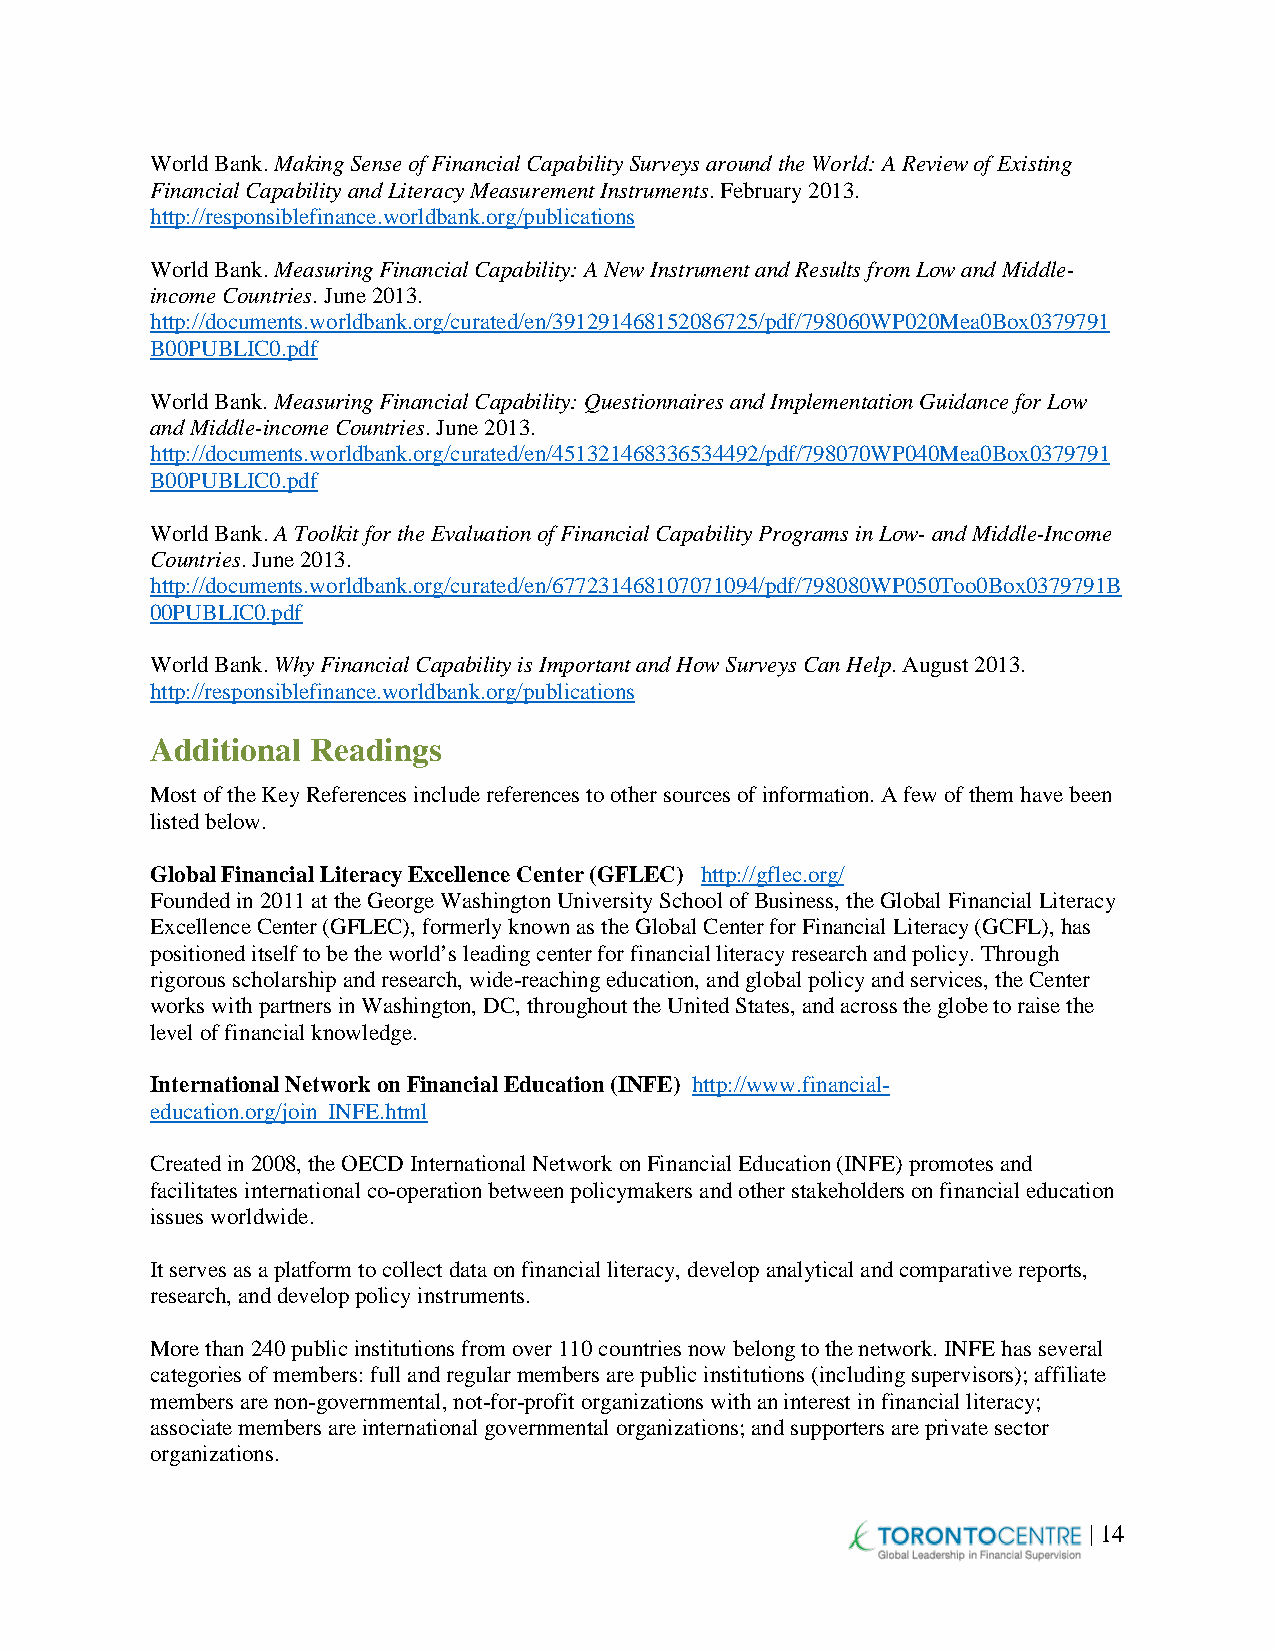
World Bank. Making Sense of Financial Capability Surveys around the World: A Review of Existing
 Financial Capability and Literacy Measurement Instruments. February 2013.
 http://responsiblefinance.worldbank.org/publications
 World Bank. Measuring Financial Capability: A New Instrument and Results from Low and Middle-
 income Countries. June 2013.
 http://documents.worldbank.org/curated/en/391291468152086725/pdf/798060WP020Mea0Box0379791
 B00PUBLIC0.pdf
 World Bank. Measuring Financial Capability: Questionnaires and Implementation Guidance for Low
 and Middle-income Countries. June 2013.
 http://documents.worldbank.org/curated/en/451321468336534492/pdf/798070WP040Mea0Box0379791
 B00PUBLIC0.pdf
 World Bank. A Toolkit for the Evaluation of Financial Capability Programs in Low- and Middle-Income
 Countries. June 2013.
 http://documents.worldbank.org/curated/en/677231468107071094/pdf/798080WP050Too0Box0379791B
 00PUBLIC0.pdf
 World Bank. Why Financial Capability is Important and How Surveys Can Help. August 2013.
 http://responsiblefinance.worldbank.org/publications
 Additional Readings
 Most of the Key References include references to other sources of information. A few of them have been
 listed below.
 Global Financial Literacy Excellence Center (GFLEC) http://gflec.org/
 Founded in 2011 at the George Washington University School of Business, the Global Financial Literacy
 Excellence Center (GFLEC), formerly known as the Global Center for Financial Literacy (GCFL), has
 positioned itself to be the world’s leading center for financial literacy research and policy. Through
 rigorous scholarship and research, wide-reaching education, and global policy and services, the Center
 works with partners in Washington, DC, throughout the United States, and across the globe to raise the
 level of financial knowledge.
 International Network on Financial Education (INFE) http://www.financial-
 education.org/join_INFE.html
 Created in 2008, the OECD International Network on Financial Education (INFE) promotes and
 facilitates international co-operation between policymakers and other stakeholders on financial education
 issues worldwide.
 It serves as a platform to collect data on financial literacy, develop analytical and comparative reports,
 research, and develop policy instruments.
 More than 240 public institutions from over 110 countries now belong to the network. INFE has several
 categories of members: full and regular members are public institutions (including supervisors); affiliate
 members are non-governmental, not-for-profit organizations with an interest in financial literacy;
 associate members are international governmental organizations; and supporters are private sector
 organizations.
 | 14